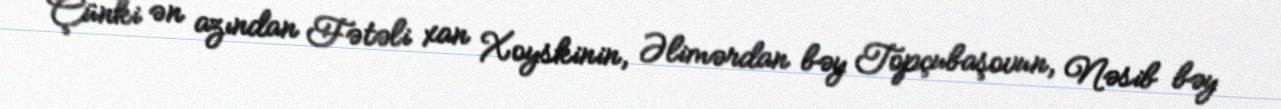
Çünki ən azından Fətəli xan Xoyskinin, Əlimərdan bəy Topçubaşovun, Nəsib bəy